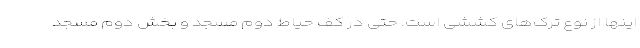
اینها از نوع ترک‌های کششی است. حتی در کف حیاط دوم مسجد و بخش دوم مسجد